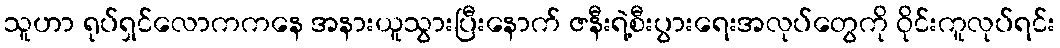
သူဟာ ရုပ်ရှင်လောကကနေ အနားယူသွားပြီးနောက် ဇနီးရဲ့စီးပွားရေးအလုပ်တွေကို ဝိုင်းကူလုပ်ရင်း